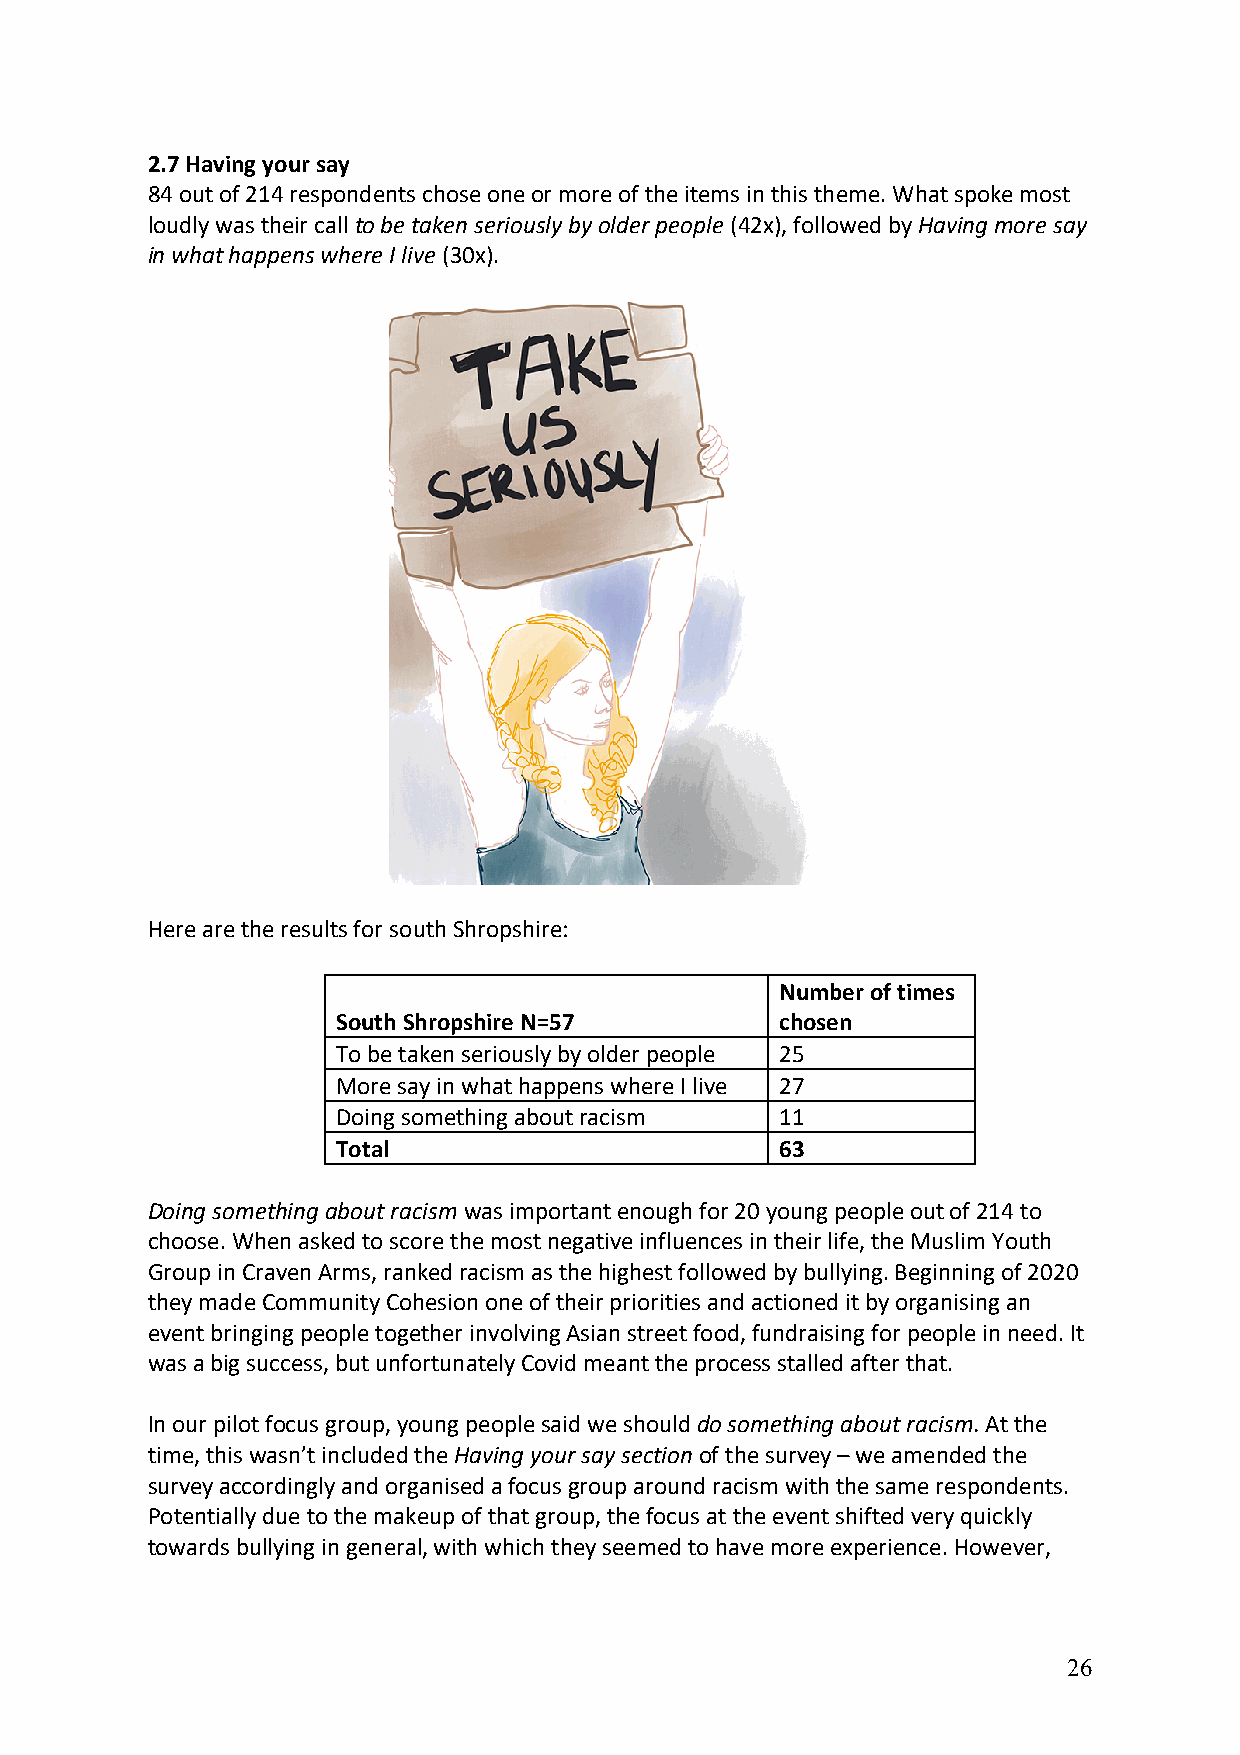
2.7 Having your say
 84 out of 214 respondents chose one or more of the items in this theme. What spoke most
 loudly was their call to be taken seriously by older people (42x), followed by Having more say
 in what happens where I live (30x).
 Here are the results for south Shropshire:
 Number of times
 South Shropshire N=57         chosen
 To be taken seriously by older people 25
 More say in what happens where I live 27
 Doing something about racism  11
 Total                         63
 Doing something about racism was important enough for 20 young people out of 214 to
 choose. When asked to score the most negative influences in their life, the Muslim Youth
 Group in Craven Arms, ranked racism as the highest followed by bullying. Beginning of 2020
 they made Community Cohesion one of their priorities and actioned it by organising an
 event bringing people together involving Asian street food, fundraising for people in need. It
 was a big success, but unfortunately Covid meant the process stalled after that.
 In our pilot focus group, young people said we should do something about racism. At the
 time, this wasn’t included the Having your say section of the survey – we amended the
 survey accordingly and organised a focus group around racism with the same respondents.
 Potentially due to the makeup of that group, the focus at the event shifted very quickly
 towards bullying in general, with which they seemed to have more experience. However,
 26